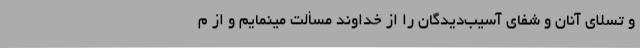
و تسلای آنان و شفای آسیب‌دیدگان را از خداوند مسألت مینمایم و از م